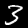
Digit: 3